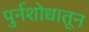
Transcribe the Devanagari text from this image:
पुर्नशोधातून